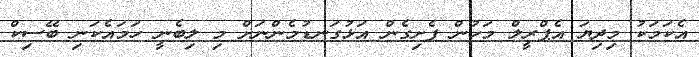
އެކަމަކު މިދިޔަ އެޕްރީލް މަހުން ފެށިގެން އަޅުގަނޑުމެންނަށް މި ލިބެނީ ހަމައެކަނި ބޭސިކް